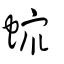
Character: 𧑄